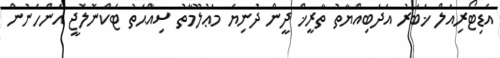
އެޑިޓޯރިއަލް ޚަބަރު އަދަބިއްޔާތު ތާރީޚް ދީން ދުނިޔެ މަޢުލޫމާތު ސިއްޙަތު ޓެކްނޮލޮޖީ އަންހެނުން